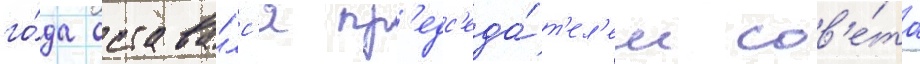
го́да остава́лс'я пр'едс'еда́т'ел'ем сов'е́та